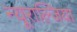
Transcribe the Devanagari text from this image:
न्यूराल्जिया